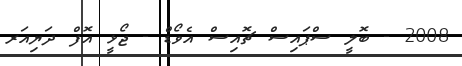
2008 - ބޮލީ ސްޕައިސް ޗޮއިސް އެވޯޑް - ޖޯޅީ އޮފް ދަޔިއަރ